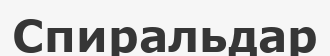
Спиральдар